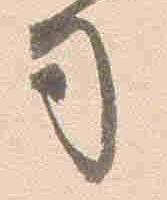
司